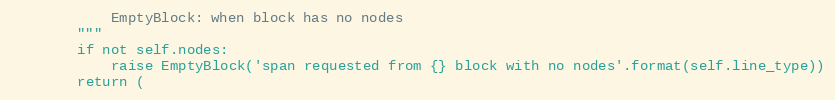
Language: Python
            EmptyBlock: when block has no nodes
        """
        if not self.nodes:
            raise EmptyBlock('span requested from {} block with no nodes'.format(self.line_type))
        return (